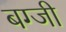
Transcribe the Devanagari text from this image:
बग्जी